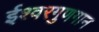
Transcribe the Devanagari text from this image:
ईश्वरगुणगान